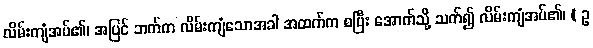
လိမ်းကျံအပ်၏၊ အပြင် ဘက်က လိမ်းကျံသောအခါ အထက်က စပြီး အောက်သို့ သက်၍ လိမ်းကျံအပ်၏၊ ( ဥ